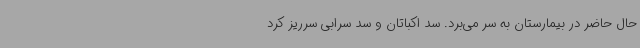
حال حاضر در بیمارستان به سر می‌برد. سد اکباتان و سد سرابی سرریز کرد